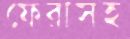
ফেরাসহ